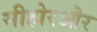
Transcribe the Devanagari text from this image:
सीहोरऔर